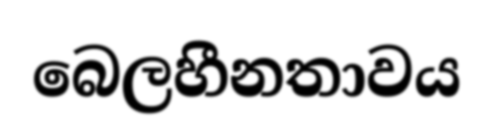
බෙලහීනතාවය